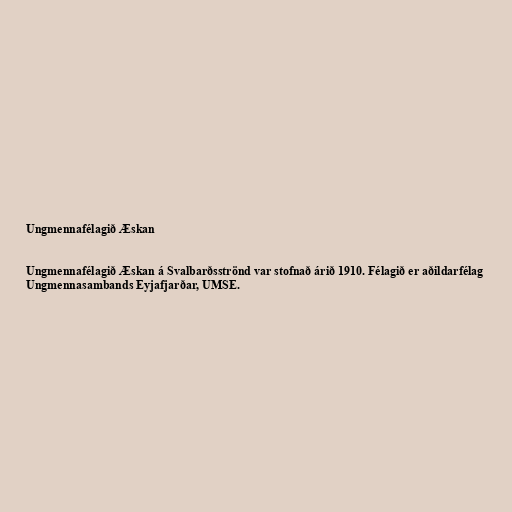
Ungmennafélagið Æskan

Ungmennafélagið Æskan á Svalbarðsströnd var stofnað árið 1910. Félagið er aðildarfélag
Ungmennasambands Eyjafjarðar, UMSE.